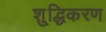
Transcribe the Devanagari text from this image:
शु्द्धिकरण